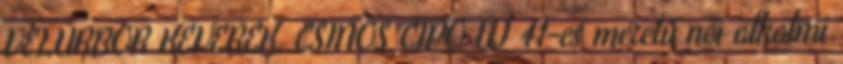
VELÚRBŐR KEVERÉK, CSINOS CIPŐ ÚJ 41-es méretű női alkalmi